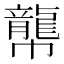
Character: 𪚑